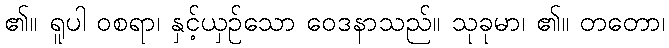
၏။ ရူပါ ဝစရာ၊ နှင့်ယှဉ်သော ဝေဒနာသည်။ သုခုမာ၊ ၏။ တတော၊